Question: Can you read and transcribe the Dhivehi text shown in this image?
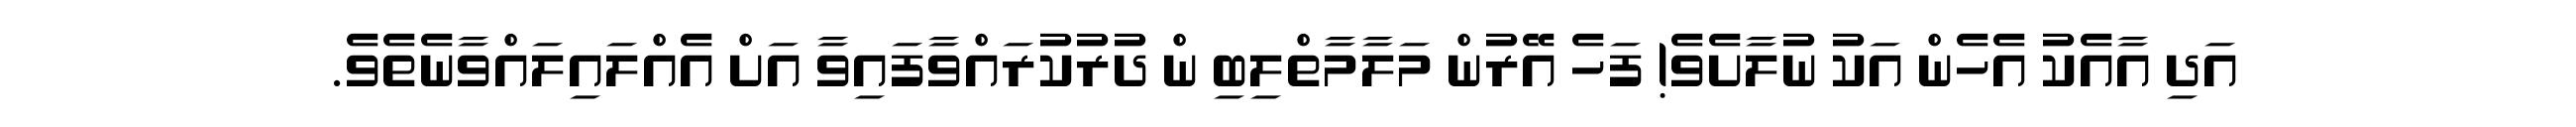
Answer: އަދި އާއެކު އެހެން އަކު ނުލާށެވެ! ފަހެ އޭރުން މަލާމާތްލިބި ން ދުރުކުރައްވާފައިވާ އަށް އެއްލައިލައްވާނެތެވެ.